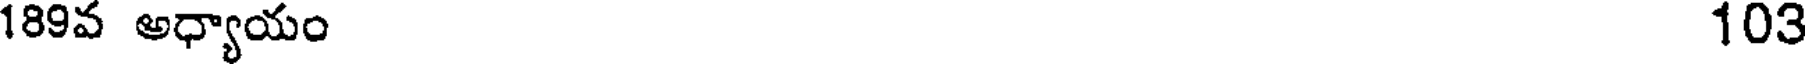
189వ అధ్యాయం 103